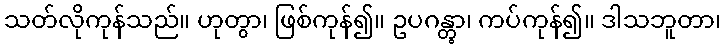
သတ်လိုကုန်သည်။ ဟုတွာ၊ ဖြစ်ကုန်၍။ ဥပဂန္တွာ၊ ကပ်ကုန်၍။ ဒါသဘူတာ၊